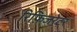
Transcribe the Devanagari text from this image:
रिफ़िजरेटर